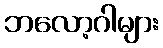
ဘလော့ဂါများ